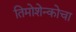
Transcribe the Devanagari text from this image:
तिमोशेन्कोचा